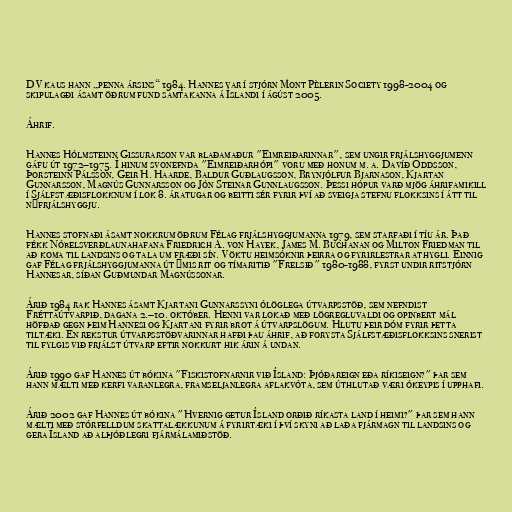
DV kaus hann „penna ársins“ 1984. Hannes var í stjórn Mont Pèlerin Society 1998-2004 og
skipulagði ásamt öðrum fund samtakanna á Íslandi í ágúst 2005.

Áhrif.

Hannes Hólmsteinn Gissurarson var blaðamaður "Eimreiðarinnar", sem ungir frjálshyggjumenn
gáfu út 1972–1975. Í hinum svonefnda "Eimreiðarhópi" voru með honum m. a. Davíð Oddsson,
Þorsteinn Pálsson, Geir H. Haarde, Baldur Guðlaugsson, Brynjólfur Bjarnason, Kjartan
Gunnarsson, Magnús Gunnarsson og Jón Steinar Gunnlaugsson. Þessi hópur varð mjög áhrifamikill
í Sjálfstæðisflokknum í lok 8. áratugar og beitti sér fyrir því að sveigja stefnu flokksins í átt til
nýfrjálshyggju.

Hannes stofnaði ásamt nokkrum öðrum Félag frjálshyggjumanna 1979, sem starfaði í tíu ár. Það
fékk Nóbelsverðlaunahafana Friedrich A. von Hayek, James M. Buchanan og Milton Friedman til
að koma til landsins og tala um fræði sín. Vöktu heimsóknir þeirra og fyrirlestrar athygli. Einnig
gaf Félag frjálshyggjumanna út ýmis rit og tímaritið "Frelsið" 1980-1988, fyrst undir ritstjórn
Hannesar, síðan Guðmundar Magnússonar.

Árið 1984 rak Hannes ásamt Kjartani Gunnarssyni ólöglega útvarpsstöð, sem nefndist
Fréttaútvarpið, dagana 2.–10. október. Henni var lokað með lögregluvaldi og opinbert mál
höfðað gegn þeim Hannesi og Kjartani fyrir brot á útvarpslögum. Hlutu þeir dóm fyrir þetta
tiltæki. En rekstur útvarpsstöðvarinnar hafði þau áhrif, að forysta Sjálfstæðisflokksins snerist
til fylgis við frjálst útvarp eftir nokkurt hik árin á undan.

Árið 1990 gaf Hannes út bókina "Fiskistofnarnir við Ísland: Þjóðareign eða ríkiseign?" þar sem
hann mælti með kerfi varanlegra, framseljanlegra aflakvóta, sem úthlutað væri ókeypis í upphafi.

Árið 2002 gaf Hannes út bókina "Hvernig getur Ísland orðið ríkasta land í heimi?" þar sem hann
mælti með stórfelldum skattalækkunum á fyrirtæki í því skyni að laða fjármagn til landsins og
gera Ísland að alþjóðlegri fjármálamiðstöð.